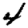
Digit: 4